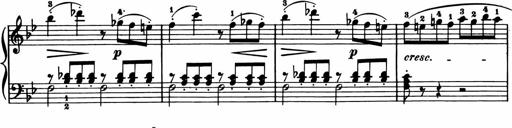
Title: 11 Sonatinas for Piano Solo
Composer: Anton Diabelli